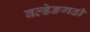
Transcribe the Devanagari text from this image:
बल्डेङगढी